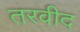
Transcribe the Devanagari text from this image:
तरवीद